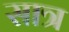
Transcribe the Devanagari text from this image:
सात्र